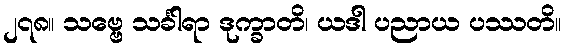
၂၇၈။ သဗ္ဗေ သင်္ခါရာ ဒုက္ခာတိ၊ ယဒါ ပညာယ ပဿတိ။